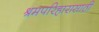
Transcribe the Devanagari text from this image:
श्रमपरिहारासाठी